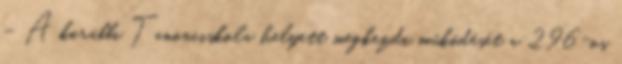
– A korábbi Tanonciskola helyett megkezdi működését a 296-os